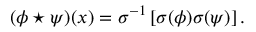
( \phi \star \psi ) ( x ) = \sigma ^ { - 1 } \left[ \sigma ( \phi ) \sigma ( \psi ) \right] .